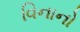
વિનાનો